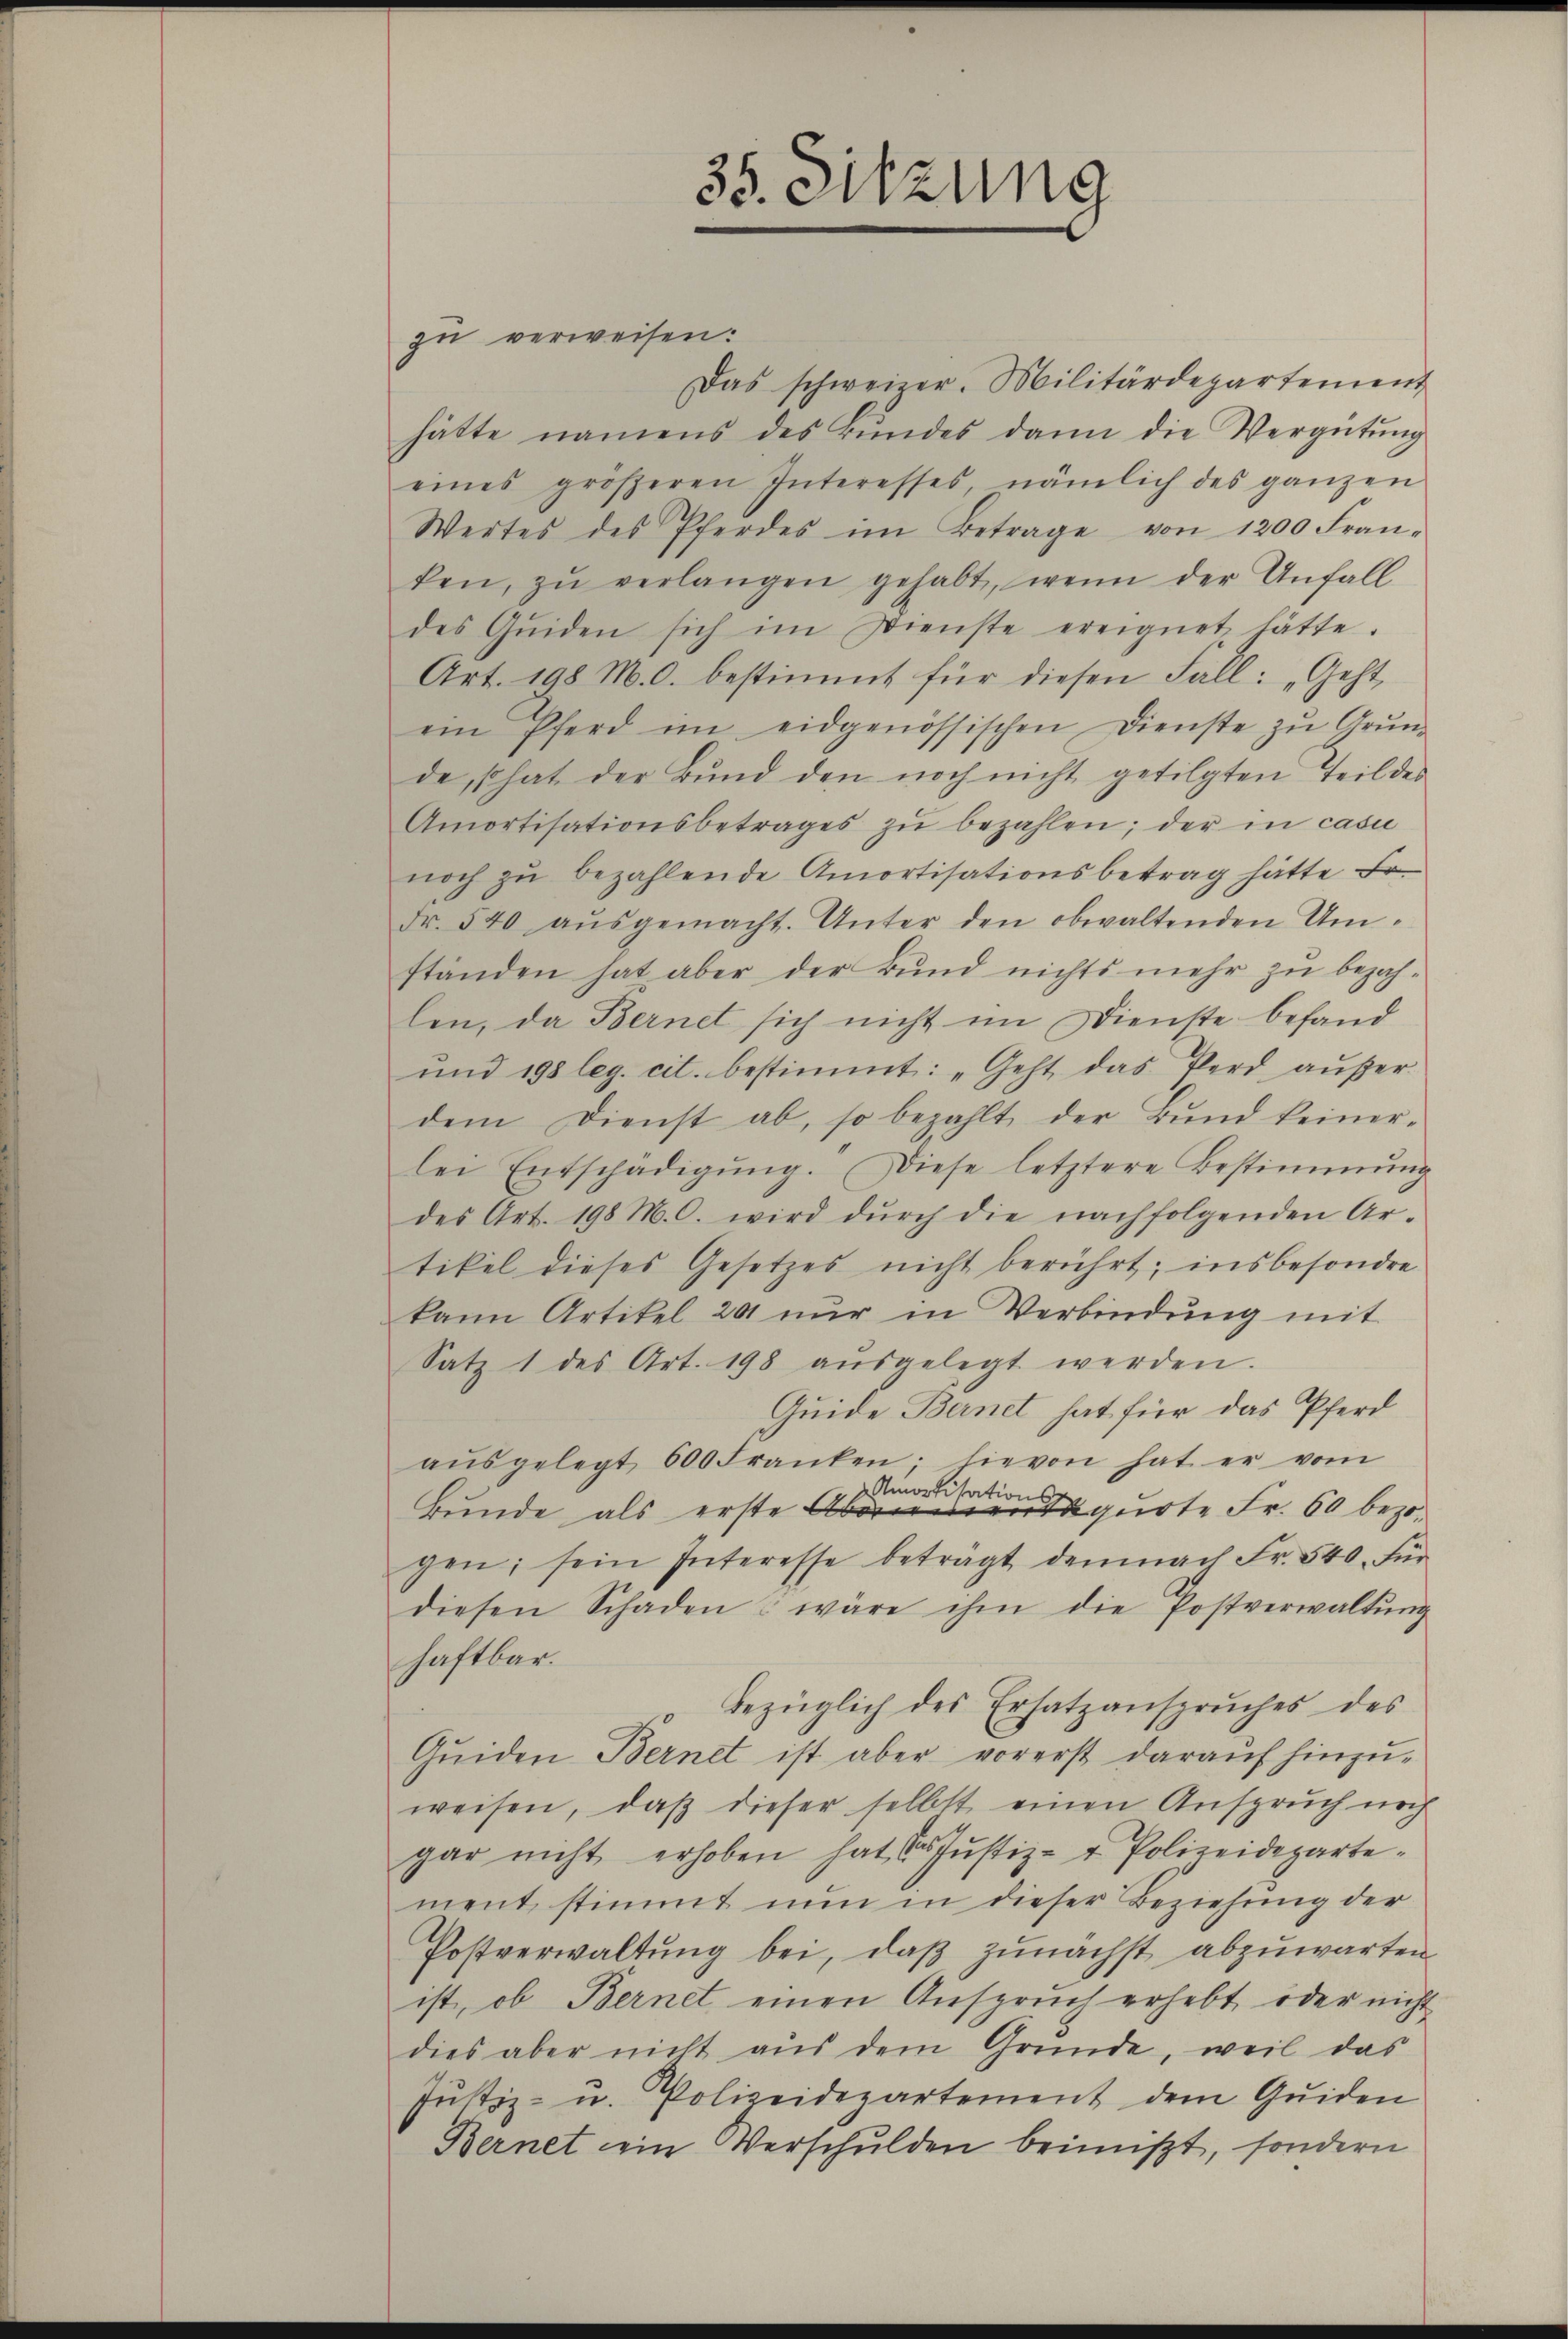
zu verweisen:
Das schweizer. Militärdepartement
hätte namens des rundes dann die Vergütŭng
eines größeren Interesses, nämlich des ganzen
Wertes des Pferdes im Betrage von 1200 Fran-
ken, zŭ verlangen gehabt, wenn der Unfall
des Qŭiden sich im Dienste ereignet hätte.
Art. 198 M. c. bestimmt für diesen Fall: „Geht
ein Pferd im eidgenössischen Dienste zŭ Grŭn-
de, so hat der Bund den noch nicht getilgten Teil des
Amortisationsbetrages zŭ bezahlen; der in casu
noch zŭ bezahlende Amortisationsbetrag hätte Er
Fr. 540 aŭsgemacht. Unter den obwaltenden Um-
ständen hat aber der Bŭnd nichts mehr zŭ bezah-
len, da Bernet sich nicht im Dienste befand
und 198 leg. cit. bestimmt: „Geht das Perd außer
dem Dienst ab, so bezahlt der Bŭnd keiner-
lei Entschädigŭng. Diese letztere Bestimmung
des Art. 198 M. C. wird dŭrch die nachfolgenden Ar-
tikel dieses Gesetzes nicht berührt; insbesondere
kann Artikel 20 nŭr in Verbindŭng mit
Satz 1 des Art. 198 aŭsgelegt werden.
Quide Bernet hat für das Pferd
aŭsgelegt 600 Franken; hievon hat er vom
Amortisations
Bunde, als erste Abornementiquote Fr. 60 bezogen; sein Interesse beträgt demnach Fr. 540. für
diesen Schaden & wäre ihm die Postverwaltŭng
haftbar.
bezüglich des Ersatzanspruches des
Quiden Bernet ist aber vorerst darauf hinzu-
weisen, daß dieser selbst einen Anspruch noch
gar nicht erhoben hat des Justiz- & Polizeidepartement stimmt nun in dieser Beziehung der
Postverwaltŭng bei, daß zunächst abzuwarten
ist, ob Bernet einen Anspruch erhebt oder nicht
dies aber nicht aus dem Gründe, weil das
Justiz- u. Polizeidepartement dem Guiden
Bernet ein Verschulden beimist, sondern

35. Sitzung